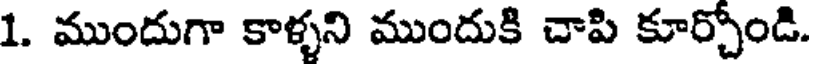
1. ముందుగా కాళ్ళని ముందుకి చాపి కూర్చోండి.